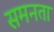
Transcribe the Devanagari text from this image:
समनता